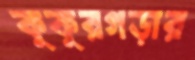
কুকুরগড়ার